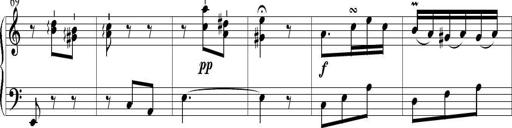
Title: 6 Leichte Sonatinen, Teil 1
Composer: F. Sigismund Sander